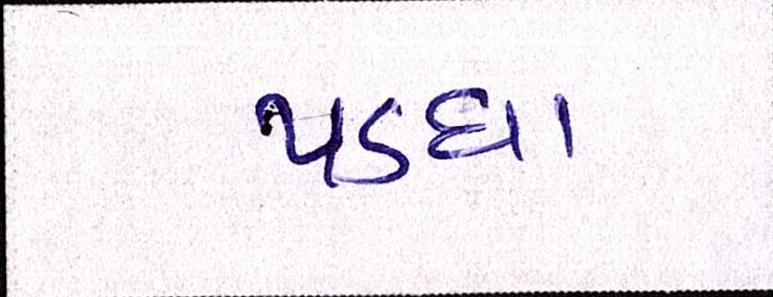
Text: પડઘા